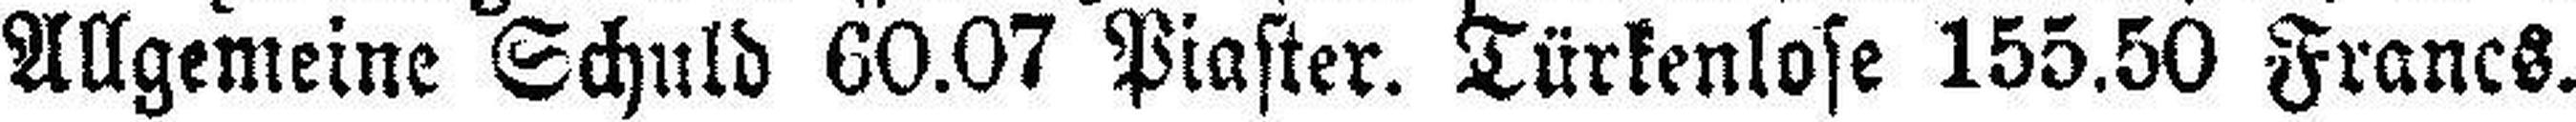
Allgemeine Schuld 60.07 Piaster. Türkenlose 155.50 Francs.